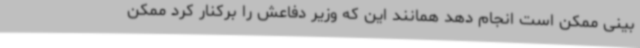
بینی ممکن است انجام دهد همانند این که وزیر دفاعش را برکنار کرد ممکن